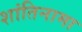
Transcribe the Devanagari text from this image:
शांतिनामा